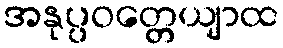
အနုပ္ပဝတ္တေယျာထ